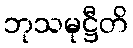
ဘုသမုဋ္ဌီတိ